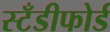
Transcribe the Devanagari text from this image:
स्टँडीफोर्ड